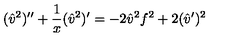
( { \hat { v } } ^ { 2 } ) ^ { \prime \prime } + { \frac { 1 } { x } } ( { \hat { v } } ^ { 2 } ) ^ { \prime } = - 2 { \hat { v } } ^ { 2 } f ^ { 2 } + 2 ( { \hat { v } } ^ { \prime } ) ^ { 2 }